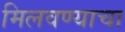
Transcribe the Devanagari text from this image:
मिलवण्याचा